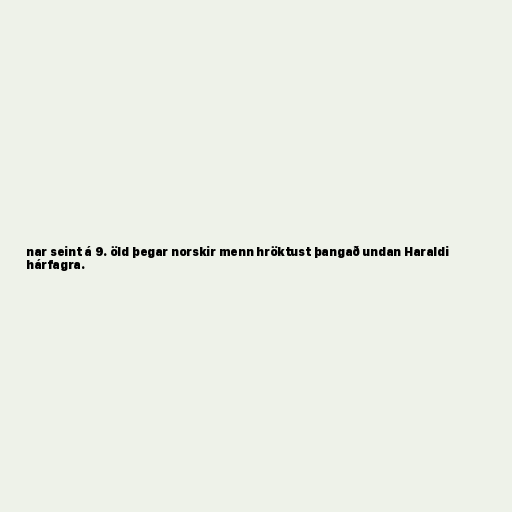
nar seint á 9. öld þegar norskir menn hröktust þangað undan Haraldi
hárfagra.